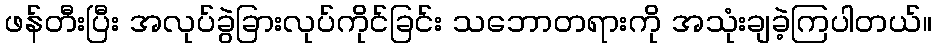
ဖန်တီးပြီး အလုပ်ခွဲခြားလုပ်ကိုင်ခြင်း သဘောတရားကို အသုံးချခဲ့ကြပါတယ်။